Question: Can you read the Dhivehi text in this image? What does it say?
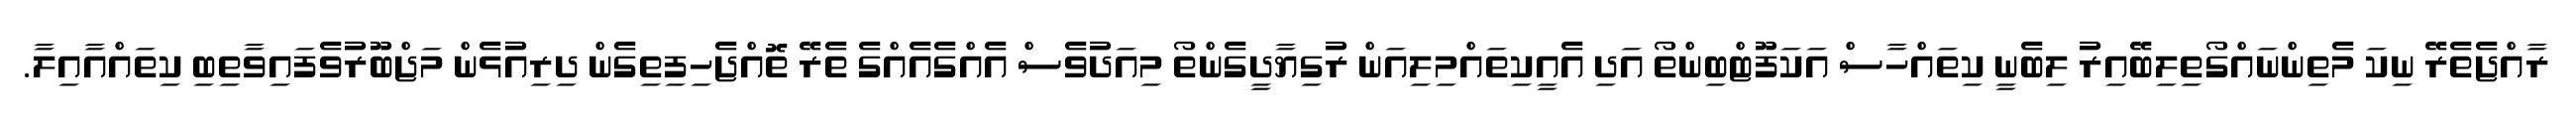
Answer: ރާއްޖެތެރޭ ނިކަ މެތިންނައްގޯތިލިބޭއިރު ލިބެނީ ކިތައްހާސް އަކަފޫޓްބިންތޯ އަދި އެއީކިތައްމިލިއަން ރުގިޔާދީގެންތޯ މިއަދުވެސް އެއްގެއެއްގެ ތެރޭ ތޮއްޖެހިފިތިގެން ދިރިއުޅެން މަޖްބޫރުވެފައިވާތިބި ކިތައްއާއިލާ.